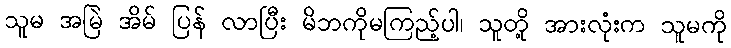
သူမ အမြဲ အိမ် ပြန် လာပြီး မိဘကိုမကြည့်ပါ၊ သူတို့ အားလုံးက သူမကို